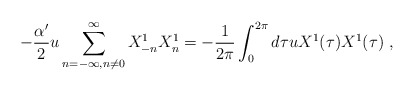
\begin{align*}-\frac{\alpha'}{2}u\sum_{n=-\infty,n\neq 0}^{\infty} X_{-n}^1X_n^1=-\frac{1}{2\pi}\int_0^{2\pi} d\tau uX^1(\tau)X^1(\tau) \ ,\end{align*}